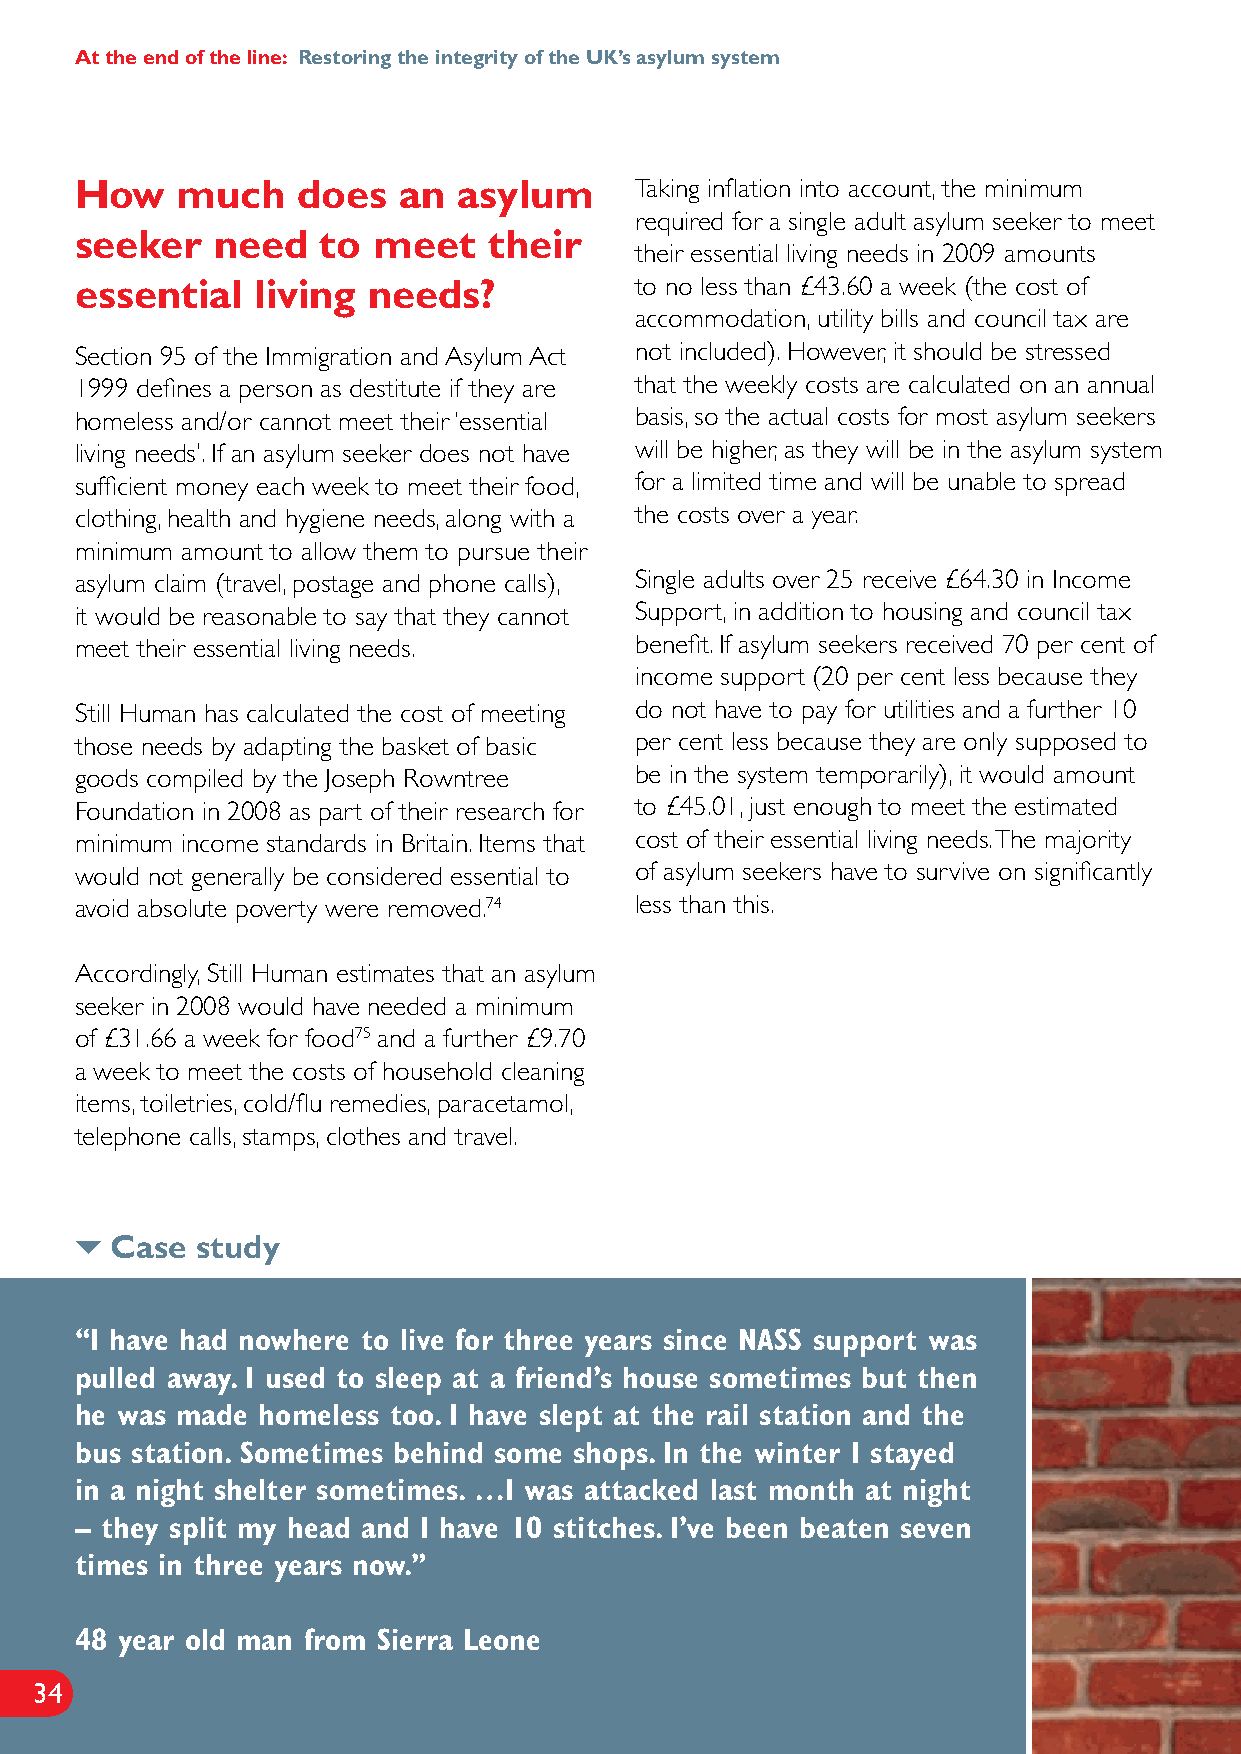
At the end of the line: Restoring the integrity of the UK’s asylum system
 How    much    does  an  asylum      Taking inflation into account, the minimum
 required for a single adult asylum seeker to meet
 seeker   need   to  meet   their
 their essential living needs in 2009 amounts
 essential   living needs?            to no less than £43.60 a week (the cost of
 accommodation, utility bills and council tax are
 Section 95 of the Immigration and Asylum Act not included). However, it should be stressed
 1999 defines a person as destitute if they are that the weekly costs are calculated on an annual
 homeless and/or cannot meet their ‘essential basis, so the actual costs for most asylum seekers
 living needs’. If an asylum seeker does not have will be higher, as they will be in the asylum system
 sufficient money each week to meet their food, for a limited time and will be unable to spread
 clothing, health and hygiene needs, along with a the costs over a year.
 minimum amount to allow them to pursue their
 asylum claim (travel, postage and phone calls), Single adults over 25 receive £64.30 in Income
 it would be reasonable to say that they cannot Support, in addition to housing and council tax
 meet their essential living needs.   benefit. If asylum seekers received 70 per cent of
 income support (20 per cent less because they
 Still Human has calculated the cost of meeting do not have to pay for utilities and a further 10
 those needs by adapting the basket of basic per cent less because they are only supposed to
 goods compiled by the Joseph Rowntree be in the system temporarily), it would amount
 Foundation in 2008 as part of their research for to £45.01, just enough to meet the estimated
 minimum income standards in Britain. Items that cost of their essential living needs. The majority
 would not generally be considered essential to of asylum seekers have to survive on significantly
 avoid absolute poverty were removed.74 less than this.
 Accordingly, Still Human estimates that an asylum
 seeker in 2008 would have needed a minimum
 of £31.66 a week for food75 and a further £9.70
 a week to meet the costs of household cleaning
 items, toiletries, cold/flu remedies, paracetamol,
 telephone calls, stamps, clothes and travel.
 
 Case  study
 “I have had nowhere to live for three years since NASS support was
 pulled away. I used to sleep at a friend’s house sometimes but then
 he was made homeless too. I have slept at the rail station and the
 bus station. Sometimes behind some shops. In the winter I stayed
 in a night shelter sometimes. …I was attacked last month at night
 – they split my head and I have 10 stitches. I’ve been beaten seven
 times in three years now.”
 48 year old man from Sierra Leone
 34